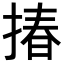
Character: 𢰦